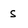
Character: S